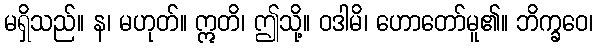
မရှိသည်။ န၊ မဟုတ်။ ဣတိ၊ ဤသို့။ ဝဒါမိ၊ ဟောတော်မူ၏။ ဘိက္ခဝေ၊